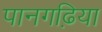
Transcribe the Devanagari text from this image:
पानगढ़िया